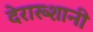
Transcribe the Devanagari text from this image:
देराख्शानी